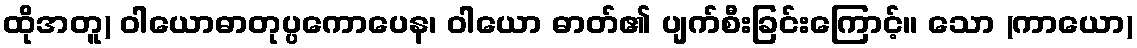
ထိုအတူ) ဝါယောဓာတုပ္ပကောပေန၊ ဝါယော ဓာတ်၏ ပျက်စီးခြင်းကြောင့်။ သော (ကာယော)